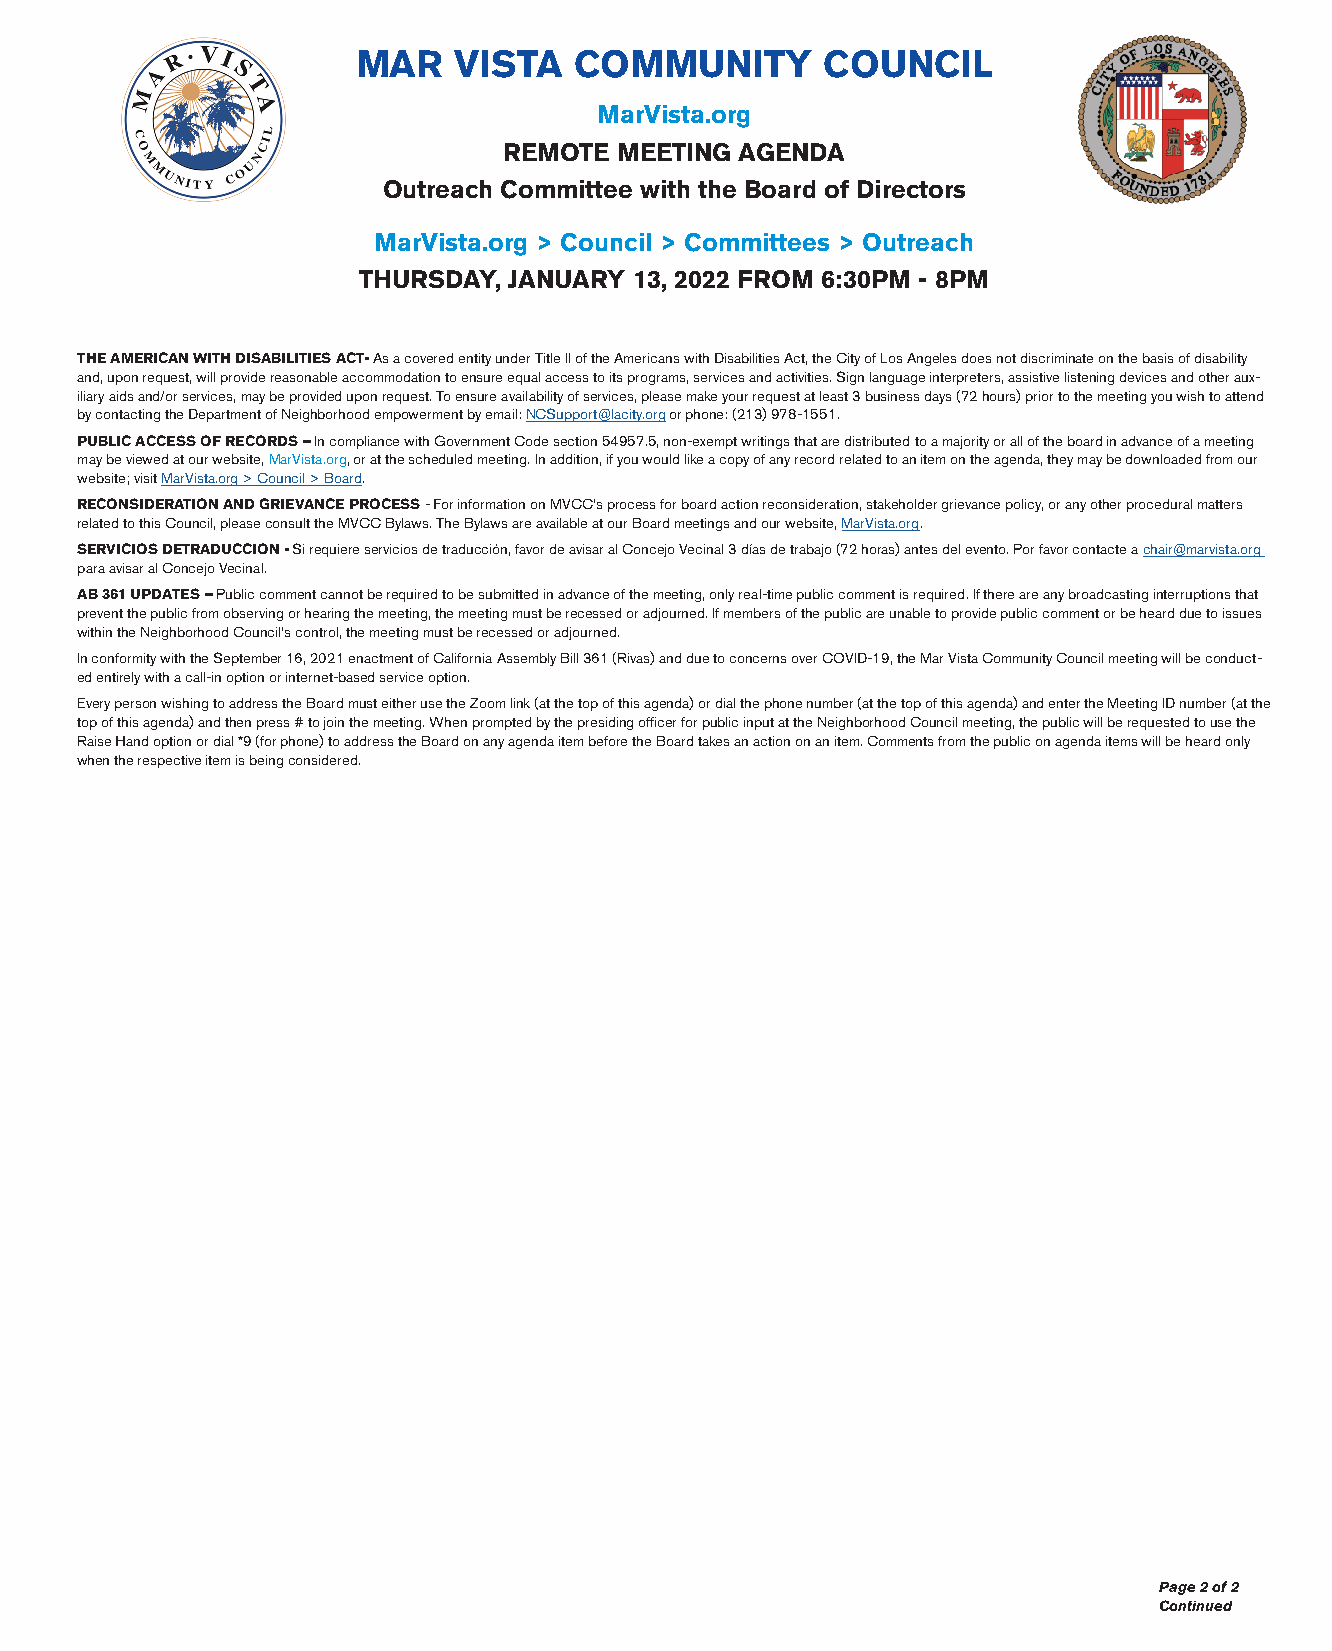
MAR   VISTA   COMMUNITY       COUNCIL
 MarVista.org
 REMOTE  MEETING AGENDA
 Outreach Committee with the Board of Directors
 MarVista.org > Council > Committees > Outreach
 THURSDAY, JANUARY 13, 2022 FROM 6:30PM - 8PM
 THE AMERICAN WITH DISABILITIES ACT- As a covered entity under Title II of the Americans with Disabilities Act, the City of Los Angeles does not discriminate on the basis of disability
 and, upon request, will provide reasonable accommodation to ensure equal access to its programs, services and activities. Sign language interpreters, assistive listening devices and other aux-
 iliary aids and/or services, may be provided upon request. To ensure availability of services, please make your request at least 3 business days (72 hours) prior to the meeting you wish to attend
 by contacting the Department of Neighborhood empowerment by email: NCSupport@lacity.org or phone: (213) 978-1551.
 PUBLIC ACCESS OF RECORDS – In compliance with Government Code section 54957.5, non-exempt writings that are distributed to a majority or all of the board in advance of a meeting
 may be viewed at our website, MarVista.org, or at the scheduled meeting. In addition, if you would like a copy of any record related to an item on the agenda, they may be downloaded from our
 website; visit MarVista.org > Council > Board.
 RECONSIDERATION AND GRIEVANCE PROCESS - For information on MVCC’s process for board action reconsideration, stakeholder grievance policy, or any other procedural matters
 related to this Council, please consult the MVCC Bylaws. The Bylaws are available at our Board meetings and our website, MarVista.org.
 SERVICIOS DETRADUCCION - Si requiere servicios de traducción, favor de avisar al Concejo Vecinal 3 días de trabajo (72 horas) antes del evento. Por favor contacte a chair@marvista.org
 para avisar al Concejo Vecinal.
 AB 361 UPDATES – Public comment cannot be required to be submitted in advance of the meeting, only real-time public comment is required. If there are any broadcasting interruptions that
 prevent the public from observing or hearing the meeting, the meeting must be recessed or adjourned. If members of the public are unable to provide public comment or be heard due to issues
 within the Neighborhood Council’s control, the meeting must be recessed or adjourned.
 In conformity with the September 16, 2021 enactment of California Assembly Bill 361 (Rivas) and due to concerns over COVID-19, the Mar Vista Community Council meeting will be conduct-
 ed entirely with a call-in option or internet-based service option.
 Every person wishing to address the Board must either use the Zoom link (at the top of this agenda) or dial the phone number (at the top of this agenda) and enter the Meeting ID number (at the
 top of this agenda) and then press # to join the meeting. When prompted by the presiding officer for public input at the Neighborhood Council meeting, the public will be requested to use the
 Raise Hand option or dial *9 (for phone) to address the Board on any agenda item before the Board takes an action on an item. Comments from the public on agenda items will be heard only
 when the respective item is being considered.
 Page 2 of 2
 Continued